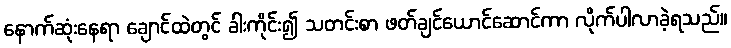
နောက်ဆုံးနေရာ ချောင်ထဲတွင် ခါးကိုင်း၍ သတင်းစာ ဖတ်ချင်ယောင်ဆောင်ကာ လိုက်ပါလာခဲ့ရသည်။